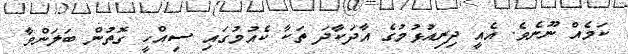
ކަމެއް ނޫނެވެ. އެއީ ދިރިއުޅުމުގެ އާދަކާދަ ތަކާ ކެއުމުގައި ސިއްހީ ގޮތުން ބަލަންވާ